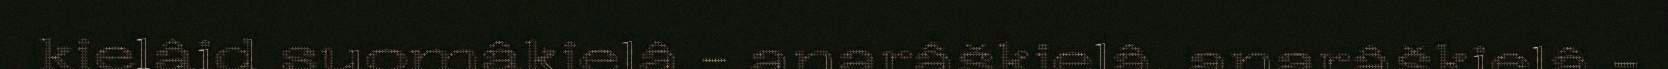
kielâid suomâkielâ - anarâškielâ, anarâškielâ -